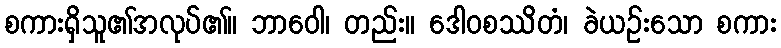
စကားရှိသူ၏အလုပ်၏။ ဘာဝေါ၊ တည်း။ ဒေါဝစဿိတံ၊ ခဲယဉ်းသော စကား